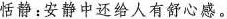
恬静：安静中还给人有舒心感。